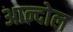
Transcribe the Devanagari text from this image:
आन्दोल